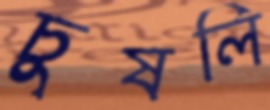
চুষলি